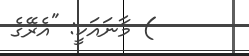
) މާނައަކީ: "އެރޭގެ